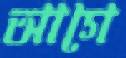
আগে